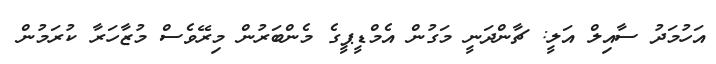
އަހުމަދު ސާއިލް އަލީ: ޗާންދަނީ މަގުން އެމްޑީޕީގެ މެންބަރުން މިރޭވެސް މުޒާހަރާ ކުރަމުން